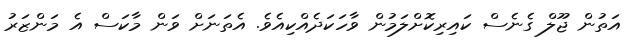
އަތުން ޖޫލް ގެނެސް ކައިރިކޮށްލަމުން ވާހަކަދެއްކިއެވެ. އެތަނަށް ވަން މާކަސް އެ މަންޒަރު